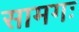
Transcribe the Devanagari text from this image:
सामगः